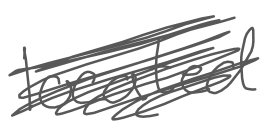
Text: located
Cross-out: scratch
Writing tool: digital_gray